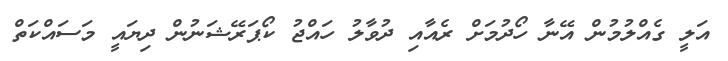
އަލީ ގެއްލުމުން އޭނާ ހޯދުމަށް ރެއާއި ދުވާލު ހައްޖު ކޯޕަރޭޝަނުން ދިޔައީ މަސައްކަތް